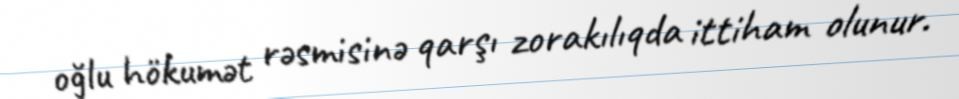
oğlu hökumət rəsmisinə qarşı zorakılıqda ittiham olunur.